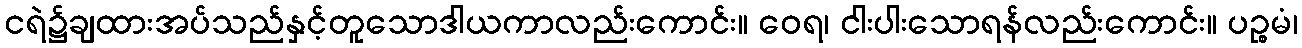
ငရဲ၌ချထားအပ်သည်နှင့်တူသောဒါယကာလည်းကောင်း။ ဝေရ၊ ငါးပါးသောရန်လည်းကောင်း။ ပဉ္စမံ၊